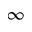
\infty